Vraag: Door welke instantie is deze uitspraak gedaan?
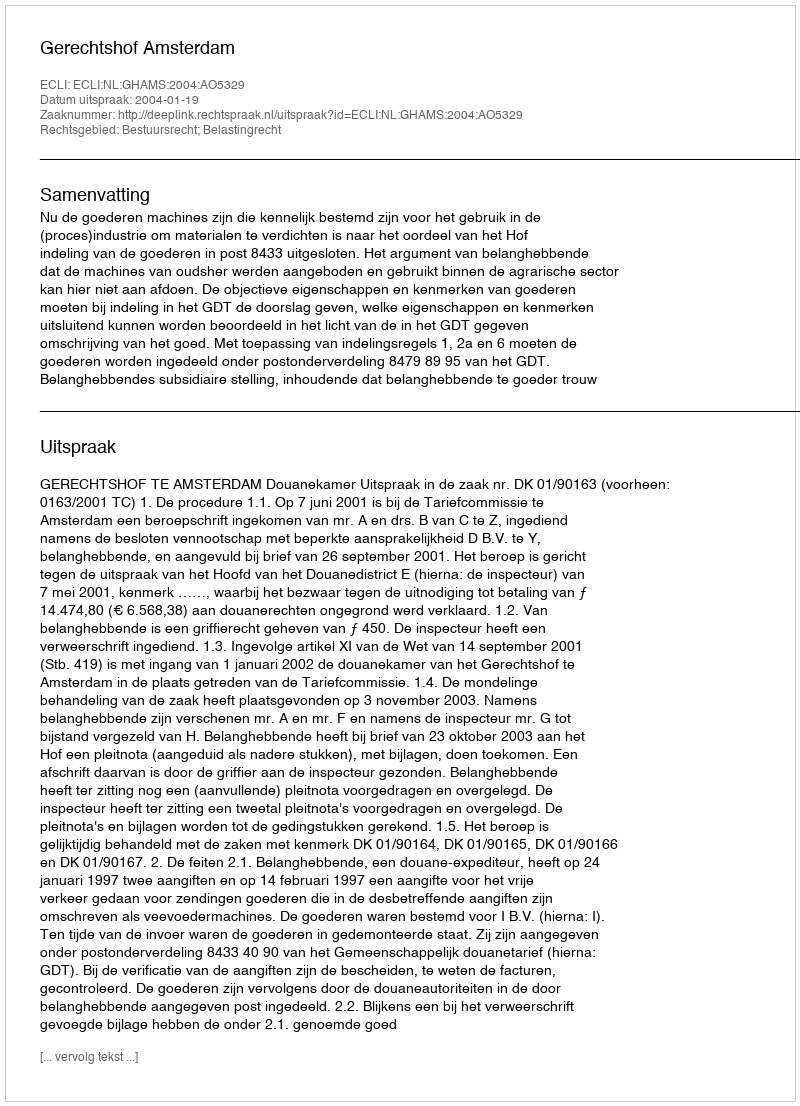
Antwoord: Gerechtshof Amsterdam